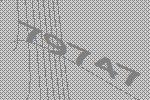
79747